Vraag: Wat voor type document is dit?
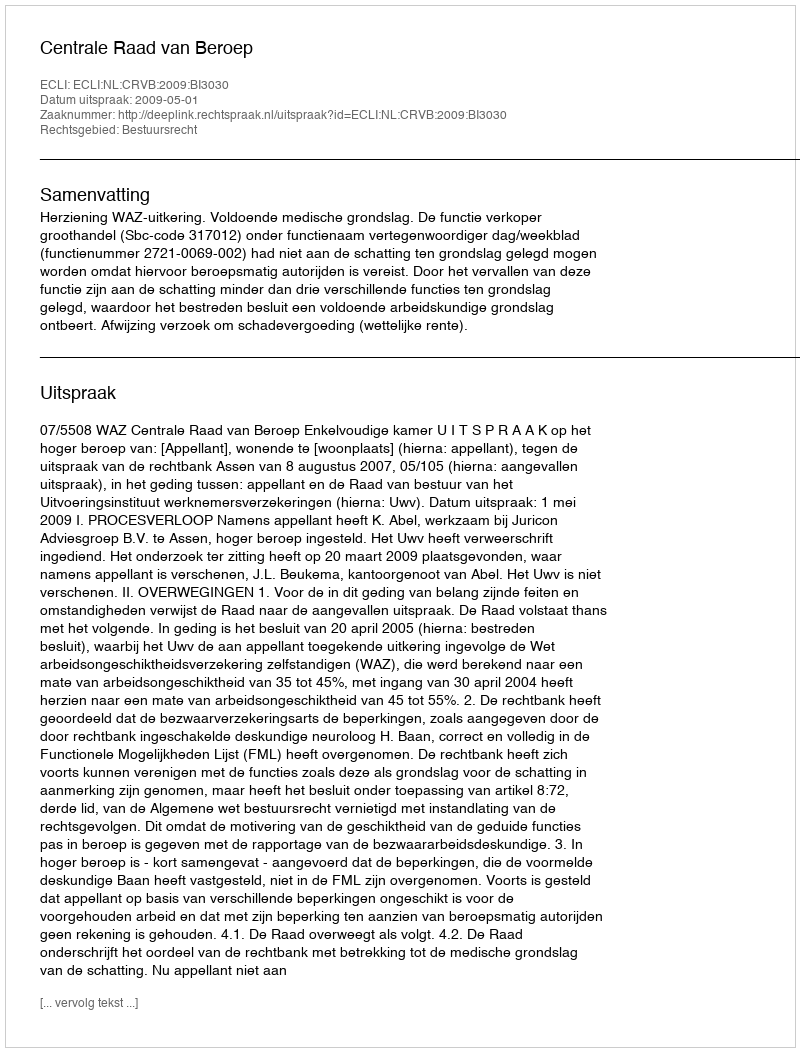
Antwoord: Uitspraak